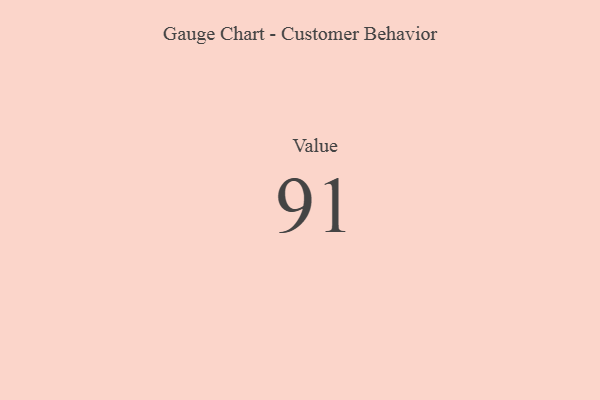
{"axis": {"x": "Metric", "y": "Value"}, "legend": [""], "data": [{"x": "Value", "y": 91, "type": ""}]}